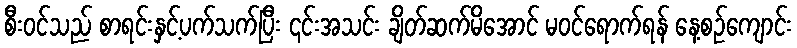
စီး၀င်သည် စာရင်းနှင့်ပက်သက်ပြီး ၎င်းအသင်း ချိတ်ဆက်မိအောင် မဝင်ရောက်ရန် နေ့စဉ်ကျောင်း